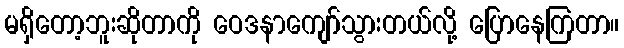
မရှိတော့ဘူးဆိုတာကို ဝေဒနာကျော်သွားတယ်လို့ ပြောနေကြတာ။